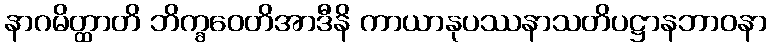
နာဂမိတ္ထာတိ ဘိက္ခဝေတိအာဒီနိ ကာယာနုပဿနာသတိပဋ္ဌာနဘာဝနာ